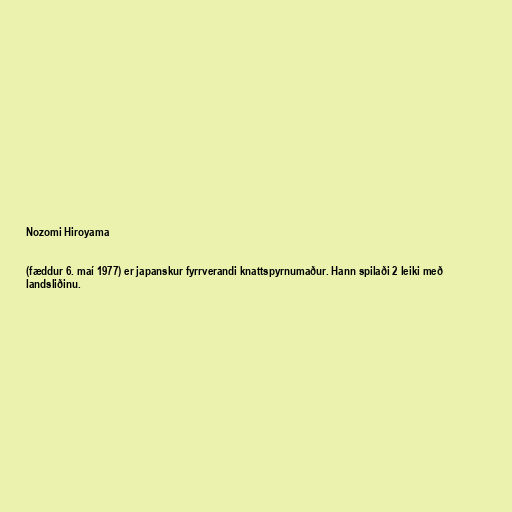
Nozomi Hiroyama

(fæddur 6. maí 1977) er japanskur fyrrverandi knattspyrnumaður. Hann spilaði 2 leiki með
landsliðinu.